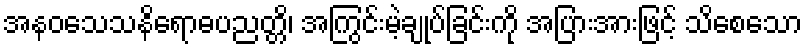
အနဝသေသနိရောဓပညတ္တိ၊ အကြွင်းမဲ့ချုပ်ခြင်းကို အပြားအားဖြင့် သိစေသော